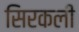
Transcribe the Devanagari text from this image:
सिरकली